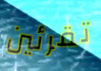
تقرئين